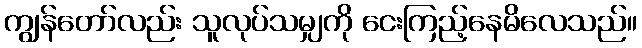
ကျွန်တော်လည်း သူလုပ်သမျှကို ငေးကြည့်နေမိလေသည်။